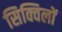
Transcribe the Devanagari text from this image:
सिक्विलों